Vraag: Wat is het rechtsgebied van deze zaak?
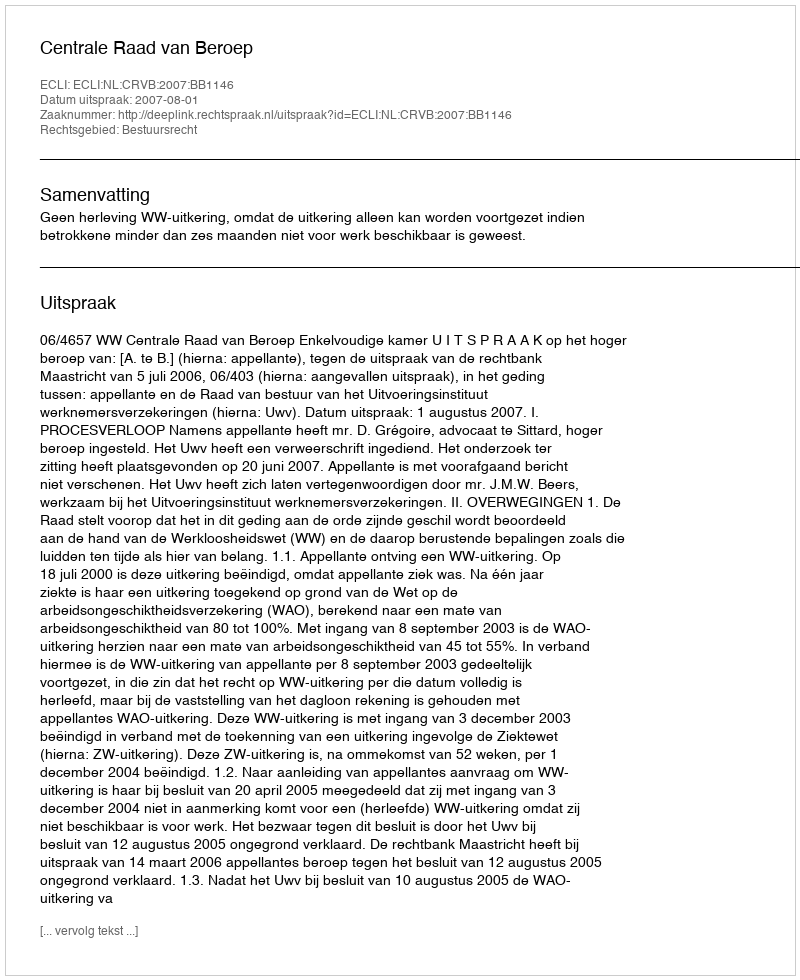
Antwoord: Bestuursrecht